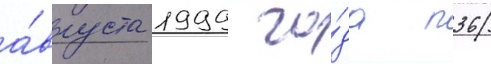
а́вгуста 1999 го́да п36